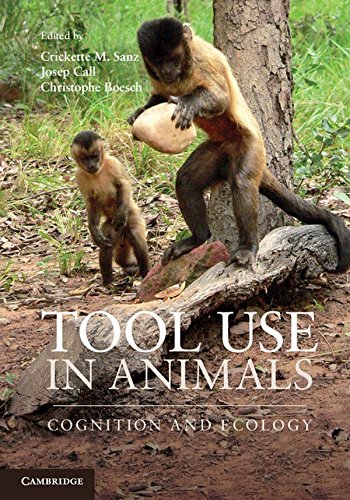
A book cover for Tool Use in Animals: Cognition and Ecology; Science & Math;